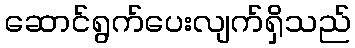
ဆောင်ရွက်ပေးလျက်ရှိသည်